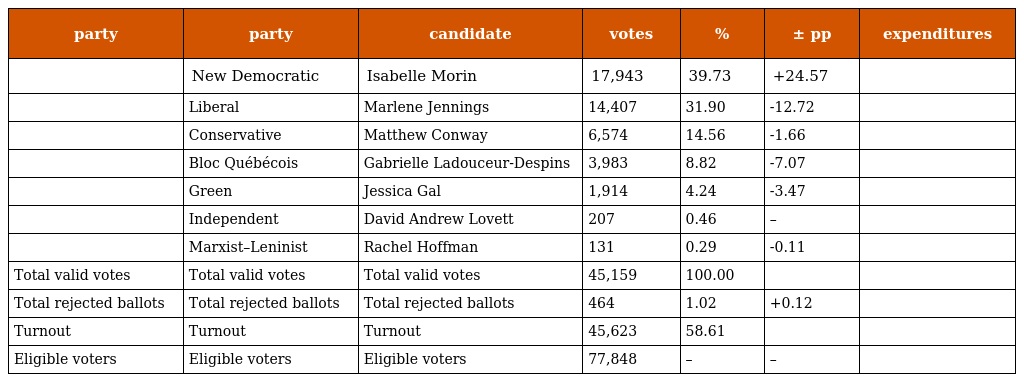
| party | party | candidate | votes | % | ± pp | expenditures |
 | --- | --- | --- | --- | --- | --- | --- |
 |  | New Democratic | Isabelle Morin | 17,943 | 39.73 | +24.57 |  |
 |  | Liberal | Marlene Jennings | 14,407 | 31.90 | -12.72 |  |
 |  | Conservative | Matthew Conway | 6,574 | 14.56 | -1.66 |  |
 |  | Bloc Québécois | Gabrielle Ladouceur-Despins | 3,983 | 8.82 | -7.07 |  |
 |  | Green | Jessica Gal | 1,914 | 4.24 | -3.47 |  |
 |  | Independent | David Andrew Lovett | 207 | 0.46 | – |  |
 |  | Marxist–Leninist | Rachel Hoffman | 131 | 0.29 | -0.11 |  |
 | Total valid votes | Total valid votes | Total valid votes | 45,159 | 100.00 |  |  |
 | Total rejected ballots | Total rejected ballots | Total rejected ballots | 464 | 1.02 | +0.12 |  |
 | Turnout | Turnout | Turnout | 45,623 | 58.61 |  |  |
 | Eligible voters | Eligible voters | Eligible voters | 77,848 | – | – |  |